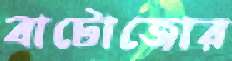
বাটোজোর